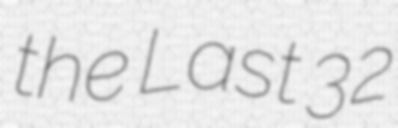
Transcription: the Last 32